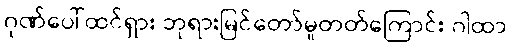
ဂုဏ်ပေါ်ထင်ရှား ဘုရားမြင်တော်မူတတ်ကြောင်း ဂါထာ